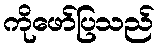
ကိုဖော်ပြသည်